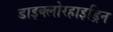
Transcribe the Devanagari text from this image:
डाइक्लोरहाइड्रिन